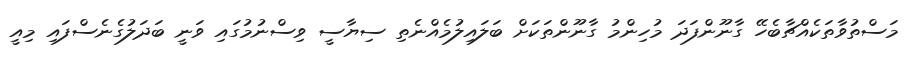
މަސްތުވާތަކެއްޗާބެހޭ ގާނޫންފަދަ މުހިންމު ގާނޫންތަކަށް ބަލައިލުމެއްނެތި ސިޔާސީ ވިސްނުމުގައި ވަނީ ބަދަލުގެނެސްފައި މިއީ